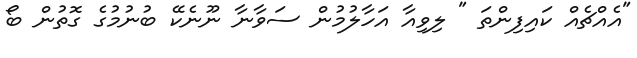
"އެއްޗެއް ކައިފިންތަ " ލިވިއާ އަހާލުމުން ސަވާނާ ނޫނެކޭ ބުނުމުގެ ގޮތުން ބޯ